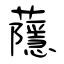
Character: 蘟